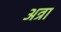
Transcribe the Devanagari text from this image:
अत्रा